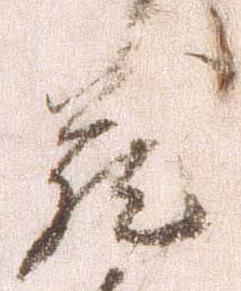
蔵